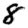
Digit: 8